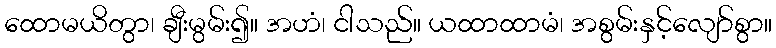
ထောမယိတွာ၊ ချီးမွမ်း၍။ အဟံ၊ ငါသည်။ ယထာထာမံ၊ အစွမ်းနှင့်လျော်စွာ။